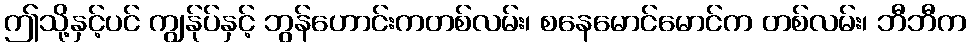
ဤသို့နှင့်ပင် ကျွန်ုပ်နှင့် ဘွန်ဟောင်းကတစ်လမ်း၊ စနေမောင်မောင်က တစ်လမ်း၊ ဘီဘီက